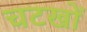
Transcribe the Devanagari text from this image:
चटखों